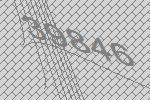
39846